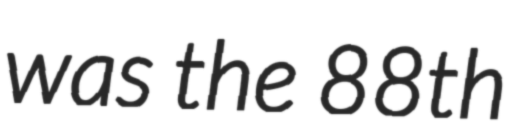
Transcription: was the 88th